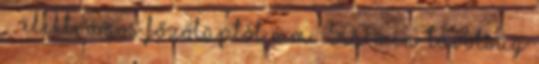
. . elektromos főzőlaptól mm : 500 Min. távolság